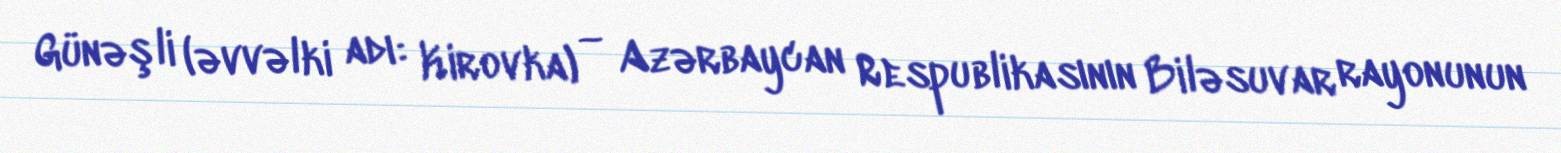
Günəşli (əvvəlki adı: Kirovka) — Azərbaycan Respublikasının Biləsuvar rayonunun